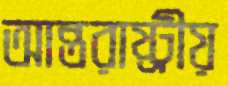
আন্তরাষ্ট্রীয়